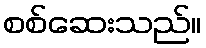
စစ်ဆေးသည်။